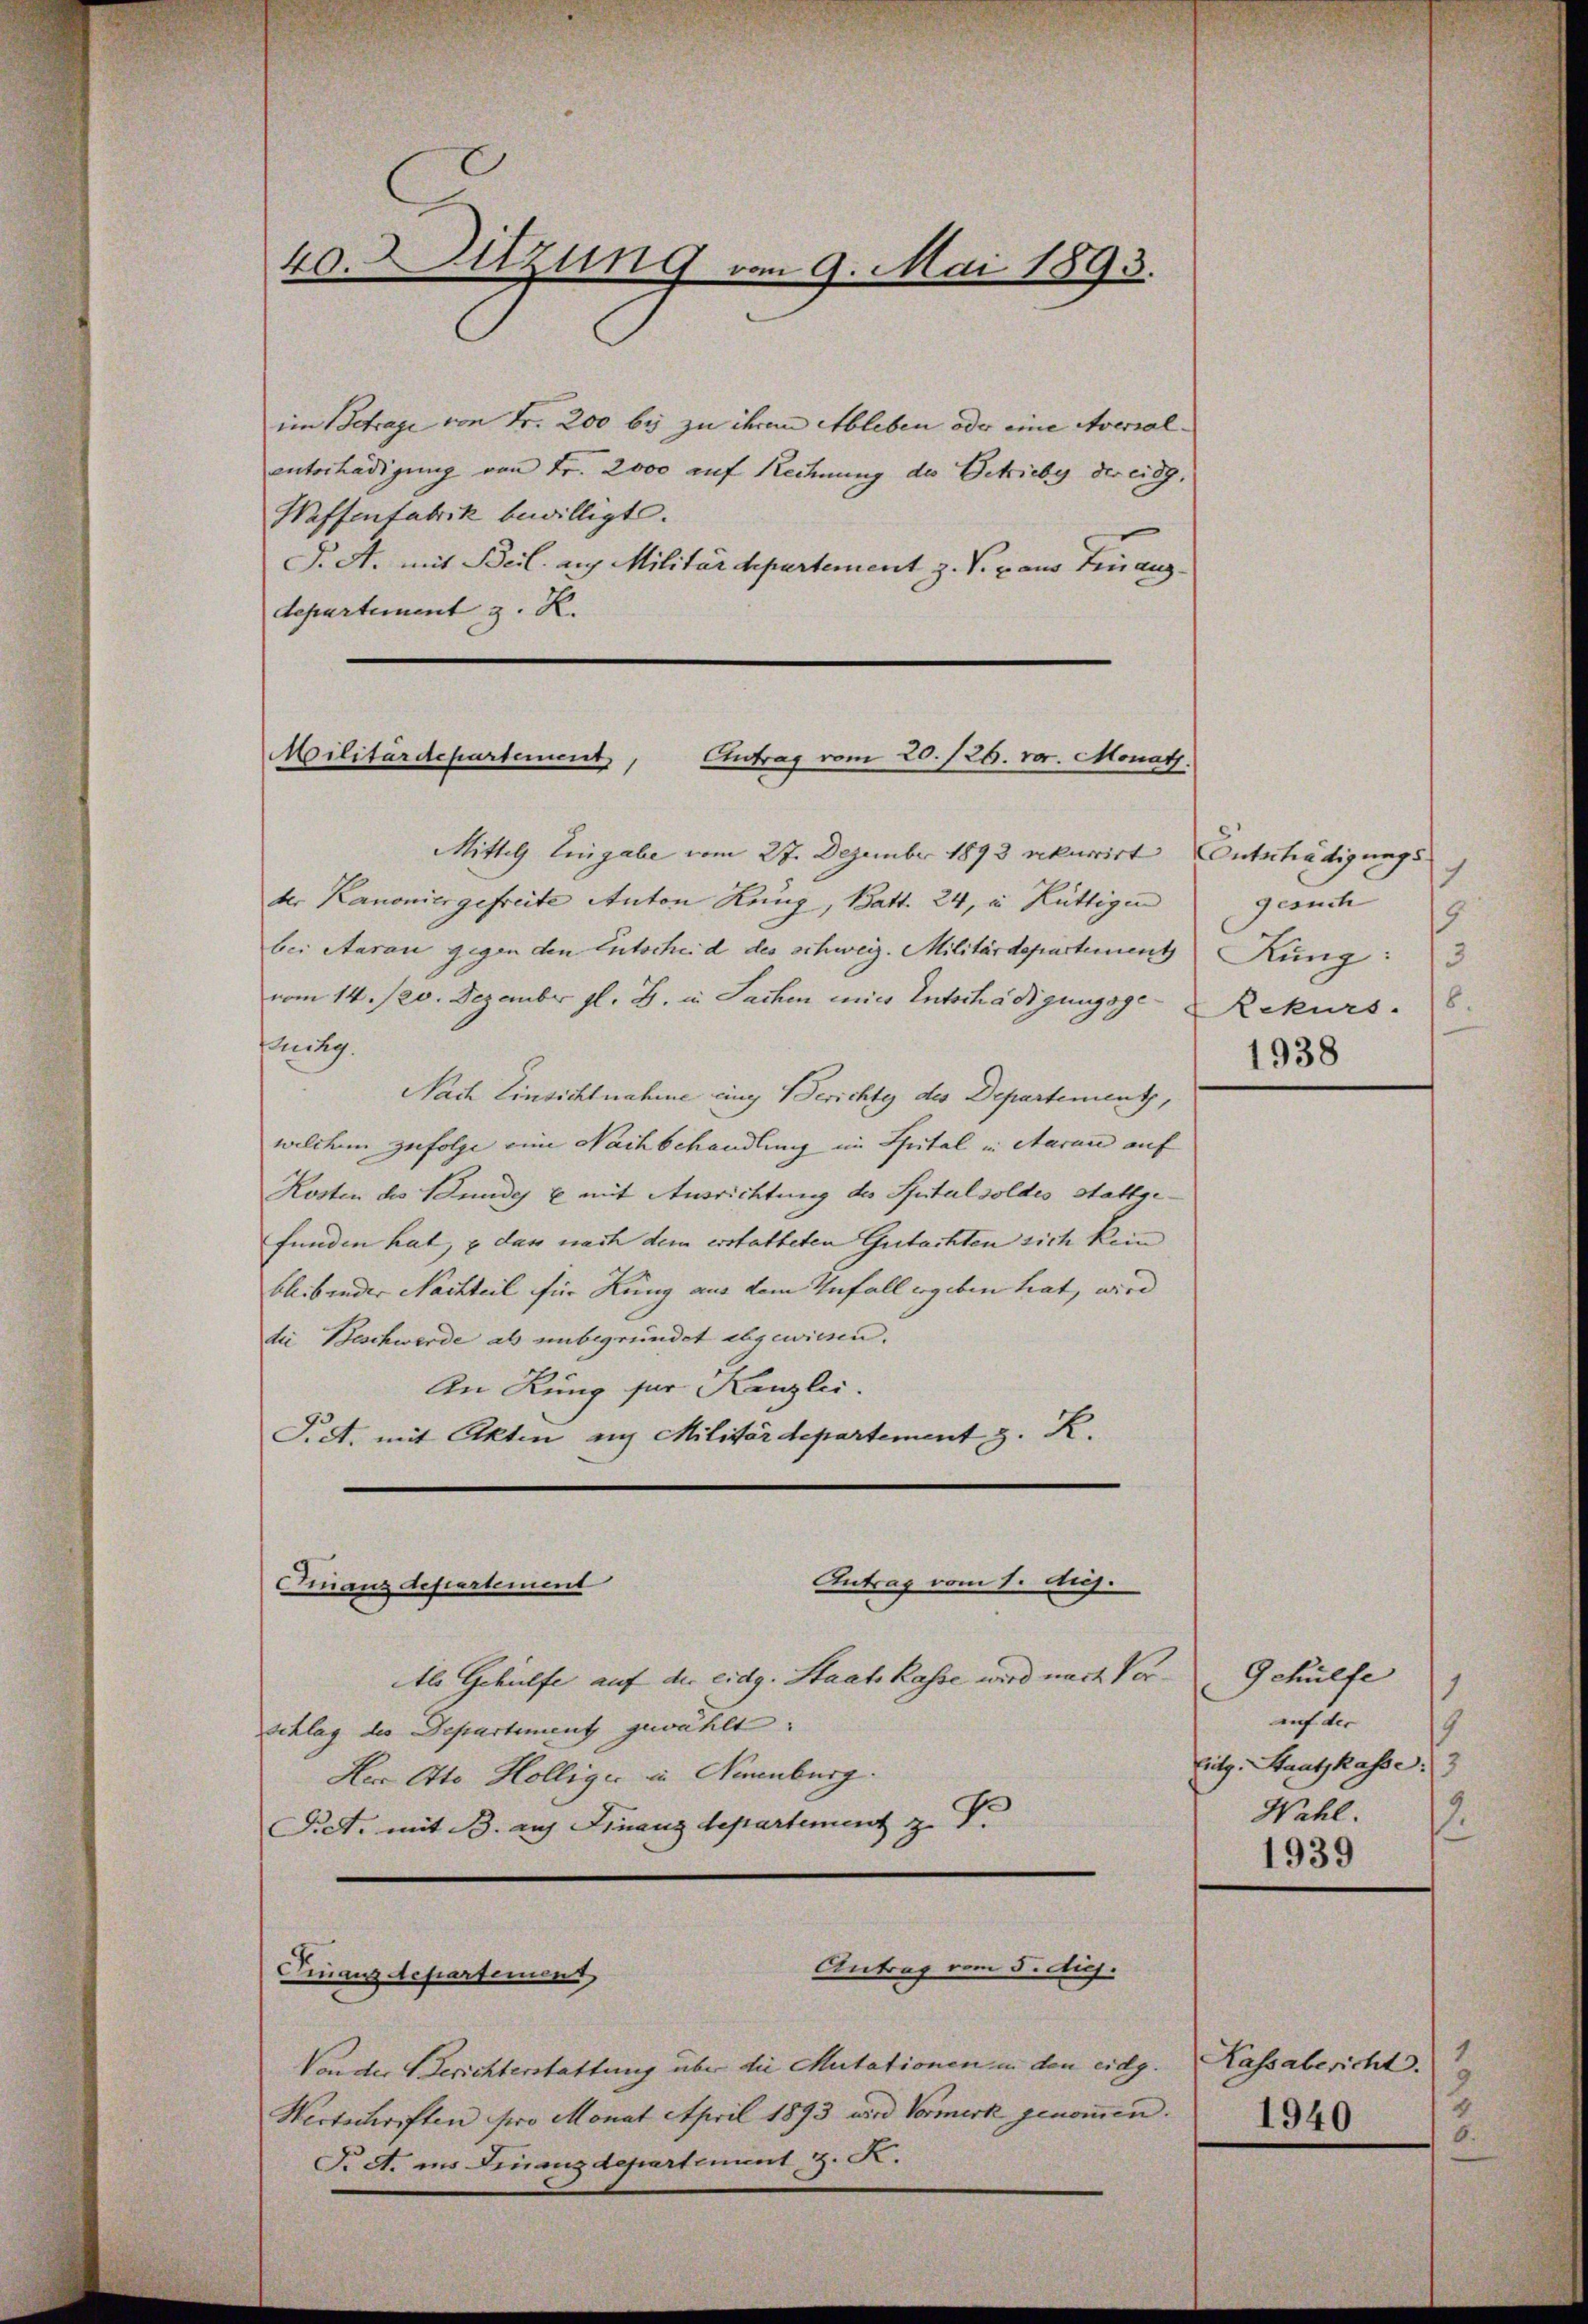
40. Sitzung vom 9. Mai 1893.

im Betrage von Fr. 200 bis zu ihrem Ableben oder eine Aversal-
unterhädigung von Fr. 2000 auf Rechnung des Getriebe der eidg.
Waffenfabrik bewilligt.
F. A. mit Beil. auf Militärdepartement z. S. cano Finanzdepartement z. R.

Mittel Eingabe vom 27. Dezember 1893 rekurrirt Entschädigungs
ber Kanonier gefreite Anton Küng, Batt. 24, in Hüttigen
bei Aarau gegen den Entscheid des schweiz. Militärdepartement
vom 14./20. Dezember gl. B. in Sachen mit Entschädigungsge¬
Buckg.
Nach Einsichtnahme eing Berichte des Departement,
welchem zufolge eine Nachbehandlung im Spital in Aaran auf
Kosten des Bundes & mit Ausrichtung des Spital soldes Stattgefunden hat, & das nach dem erstatteten Gutachten sich kein
bleibender Nachteil für Rung aus dem Infall ergeben hat, wird
die Beschwerde als unbegründet abgewiesen.
An Rung für Kanzlei.
S. c. mit Akten auch Militärdepartement z. R.
Antrag vom 1. Aug.
Finanzdepartement
Als Gehülfe auf der eidg. Staatskasse wird nach Vorschlag des Departement gewählt.
Her Otto Hölliger in Ammenburg.
Pct. mit B. auf Finanzdepartement z. B.

Militärdepartement
Antrag vom 20./26. v. Monath.

Antrag vom 5. dij.
Finanzdepartenins

Von der Berichterstattung über die Mutationen in den eidg. Kassabericht.
Wertschriften pro Monat April 1893 wird Vormerk genommen                        346.
T. A. ins Finanzdepartement z. B.

gerich
Kung:
3
6.
Rekurs.
1938

Gehülfe
¬
auf der
4
Eitz. Staatskasse 3
Wahl.
1939

1
9
4